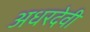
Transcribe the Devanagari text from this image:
अधरदेवी